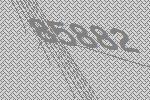
85882